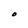
Character: O